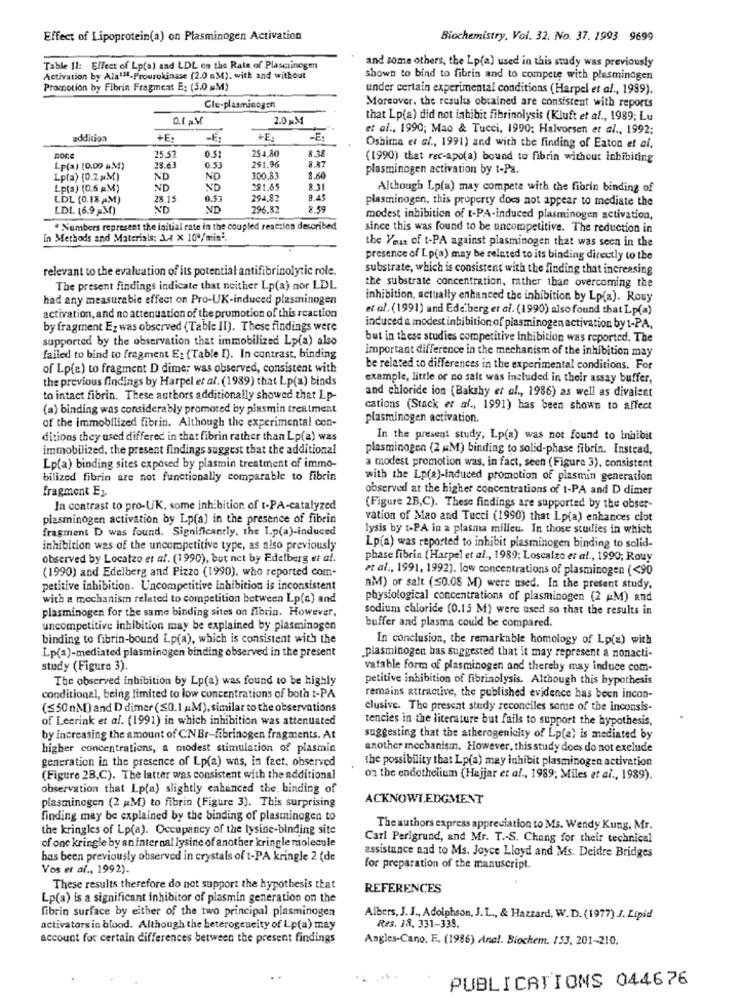
Effect of Lipoprotein(a) on Plasminogen Activation
Biochemistry. Voi. 32. No. 37. 1993 9699
and some others, the Lp(a) used in this study was previously
Table Il: Effect of Lp(a) zad LDL on the Rate of Plasminogen
Activation by Ala1ª1-Prourokinase (2.0 nM), with and without
shown to bind to fibrin and to compete with plesminagen
Promotion by Fibrin Fragment E: (3.0 &M)
under certain experimental conditions (Harpel et al ., 1989).
Moreover, the results obtained are consistent with reports
Cle-plasminogen
0.t aM
2.0 MM
that Lp(a) did not inhibit fibrinolysis (Kluft et al ., 1989; Lu
et al ., 1990; Mao & Tucci, 1990; Halvorsen et al ., 1992;
addition
+E:
-E
+E:
-E
254,80
8,38
Oshima et al ., 1991) and with the finding of Eaton et al.
Bore
5.57
291.96
(1990) that rec-apo(a) bound to fibrin without inhibiting
Lp(a) (0.00 AM)
38.63
0.53
plasminogen activation by t-Pa.
Lpfa) (0.2 MM)
ND
ND
100.83
3.60
Lp(a) (0.6 MM)
ND
ND
291.65
8.31
Although Lp(a) may compete with the fibrin binding of
LDL (0.18 AM)
28.15
0.53
294.82
plasminogen, this property does not appear to mediate the
LDL (6.9 M)
ND
ND
296.82
8.59
modest inhibition of t-PA-induced plasminogen activation,
Numbers represent the initial cate in the coupled reaction described
since this was found to be uncompetitive. The reduction in
In Methods and Materials: 3,4 X 10º/min'.
the Year of t-PA against plasminogen that was seen in the
presence of Lp(a) may be related to its binding directly to the
relevant to the evaluation of its potential antifibrinolytic role.
substrate, which is consistent with the finding that increasing
The present findings indicate that neither Lp(a) nor LDL
the substrate concentration, rather than overcoming the
had any measurable effect on Pro-UK-induced plasminogen
inhibition, actually enhanced the inhibition by Lp(a). Rouy
et al. (1991) and Ede berg er al. (1990) also found that Lp(a)
activation, and no attenuation of the promotion of this reaction
by fragment Ez was observed (Table II). These findings were
induced a modest inhibition of piasminogen activation by t-PA,
supported by the observation that immobilized Lp(a) also
but in these studies competitive Inhibition was reported. The
important difference in the mechanism of the inhibition may
failed to bind to fragment E2 (Table [). In contrast, binding
of Lp(a) to fragment D dimer was observed, consistent with
be related to differences in the experimental conditions. For
the previous findings by Harpel et al. (1989) that Lp(a) binds
example, little or no salt was included in their assay buffer,
and chloride ion (Bakshy et al ., 1986) as well as divalent
to intact fibrin. These authors additionally showed that Lp-
(a) binding was considerably promoted by plasmin treatment
cations (Stack er al ., 1991) has been shown to affect
of the immobilized fibrin. Although the experimental con-
plasminogen activation.
ditions they used differed in that fibrin rather than Lp(a) was
In the present study, Lp(a) was not found to Inhibit
immobilized, the present findings suggest that the additional
plasminogen (2 «M) binding to solid-phase fibrin. Instead,
Lp(a) binding sites exposed by plasmin treatment of immo-
a modest promotion was, in fact, seen (Figure 3), consistent
bilized fibrin are not functionally comparable to fibrin
with the Lp(a)-induced promotion of plasmin generation
fragment E2.
observed at the higher concentrations of 1-PA and D dimer
In contrast to pro-UK, some inhibition of t-PA-catalyzed
(Figure 2B,C). These findings are supported by the obser-
plasminogen activation by Lp(a) in the presence of fibrin
vation of Mao and Tucci (1990) that Lp(a) enhances clot
fragment D was found. Significantly, the I.p(a)-induced
lysis by t-PA in a plasma milieu. In those studies in which
inhibition wes of the uncompetitive type, as also previously
Lp(a) was reported to inhibit plasminogen binding to solid-
observed by Localzo et al. (1990), but net by Edelberg et al.
phase fibrin (Harpel et al ., 1989; Loscalzo et al ., 1990; Rouy
(1990) and Edelberg and Pizzo (1990), who reported com-
et al ., 1991, 1992). low concentrations of plasminogen (<90
petitive inhibition. Uncompetitive inhibition is inconsistent
RM) or salt (S0.08 M) were used. In the present study.
with a mechanism related to competition between Lp(a) and
physiological concentrations of plasminogen (2 &M) and
plasminogen for the same binding sites on fibrin. However,
sodium chloride (0.15 M) were used so that the results in
uncompetitive inhibition may be explained by plasminogen
buffer and plasma could be compared.
binding to fibrin-bound Lp(a), which is consistent with the
In conclusion, the remarkable homology of Lp(a) with
Lp(a)-mediated plasminogen binding observed in the present
.plasminogen bas suggested that it may represent a nonacti-
study (Figure 3).
vatable form of plasminogen and thereby may induce com-
The observed inhibition by Lp(a) was found to be highly
petitive inhibition of fibrinolysis. Although this hypothesis
conditional, being limited to low concentrations of both t-PA
remains attractive, the published evidence has been incon-
($50 mM) and D dimer (S0. 1 uM), similar to the observations
clusive. The present study reconciles some of the inconsis-
of Leerink et al. (1991) in which inhibition was attenuated
tencies in the literature but fails to support the hypothesis,
by increasing the amount of CNBr-fibrinogen fragments. At
suggesting that the atherogenicity of Lp(a) is mediated by
higher concentrations, a modest stimulation of plasmin
another mechanism. However, this study does do not exclude
generation in the presence of Lp(a) was, in fact, observed
the possibility that Lp(a) may inhibit plasminogen activetion
(Figure 2B,C). The latter was consistent with the additional
on the endothelium (Hajjar et al ., 1989; Miles et al ., 1989).
observation that Lp(a) slightly enhanced the. binding of
ACKNOWLEDGMENT
plasminogen (2 M) to fibrin (Figure 3). This surprising
finding may be explained by the binding of plasminogen to
the kringles of Lp(a). Occupancy of the lysine-binding site
The authors express appreciation to Ms. Wendy Kung, Mr.
of one kringle by an internal lysine of another kringle molecule
Carl Perigrund, and Mr. T .- S. Chang for their technical
assistance and to Ms. Joyce Lloyd and Ms. Deidre Bridges
has been previously observed in crystals of t-PA kringle 2 (de
Vos er al ., 1992).
for preparation of the manuscript.
These results therefore do not support the hypothesis that
REFERENCES
Lp(a) is a significant inhibitor of plasmin generation on the
fibrin surface by either of the two principal plasminogen
Albers, J. J ., Adolphson, J. L ., & Hazzard, W.D. (1977) J. Lipid
activators in blood. Although the heterogeneity of Lp(a) may
Res. 18. 331-338.
account for certain differences between the present findings
Angles-Cano, E. (1986) Anal. Biochem. 153, 201-210.
PUBLICATIONS 044676